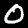
Label: 0